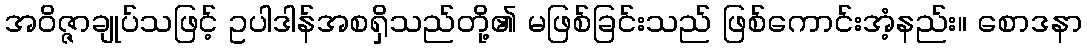
အဝိဇ္ဇာချုပ်သဖြင့် ဥပါဒါန်အစရှိသည်တို့၏ မဖြစ်ခြင်းသည် ဖြစ်ကောင်းအံ့နည်း။ စောဒနာ